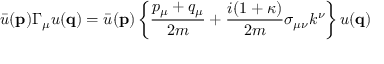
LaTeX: \bar { u } ( { \bf p } ) \Gamma _ { \mu } u ( { \bf q } ) = \bar { u } ( { \bf p } ) \left\{ \frac { p _ { \mu } + q _ { \mu } } { 2 m } + \frac { i ( 1 + \kappa ) } { 2 m } \sigma _ { \mu \nu } k ^ { \nu } \right\} u ( { \bf q } )